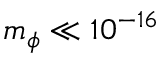
m _ { \phi } \ll 1 0 ^ { - 1 6 }